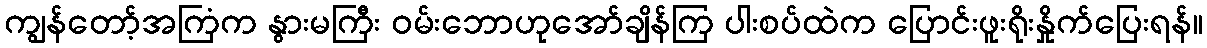
ကျွန်တော့်အကြံက နွားမကြီး ဝမ်းဘောဟုအော်ချိန်ကြ ပါးစပ်ထဲက ပြောင်းဖူးရိုးနှိုက်ပြေးရန်။